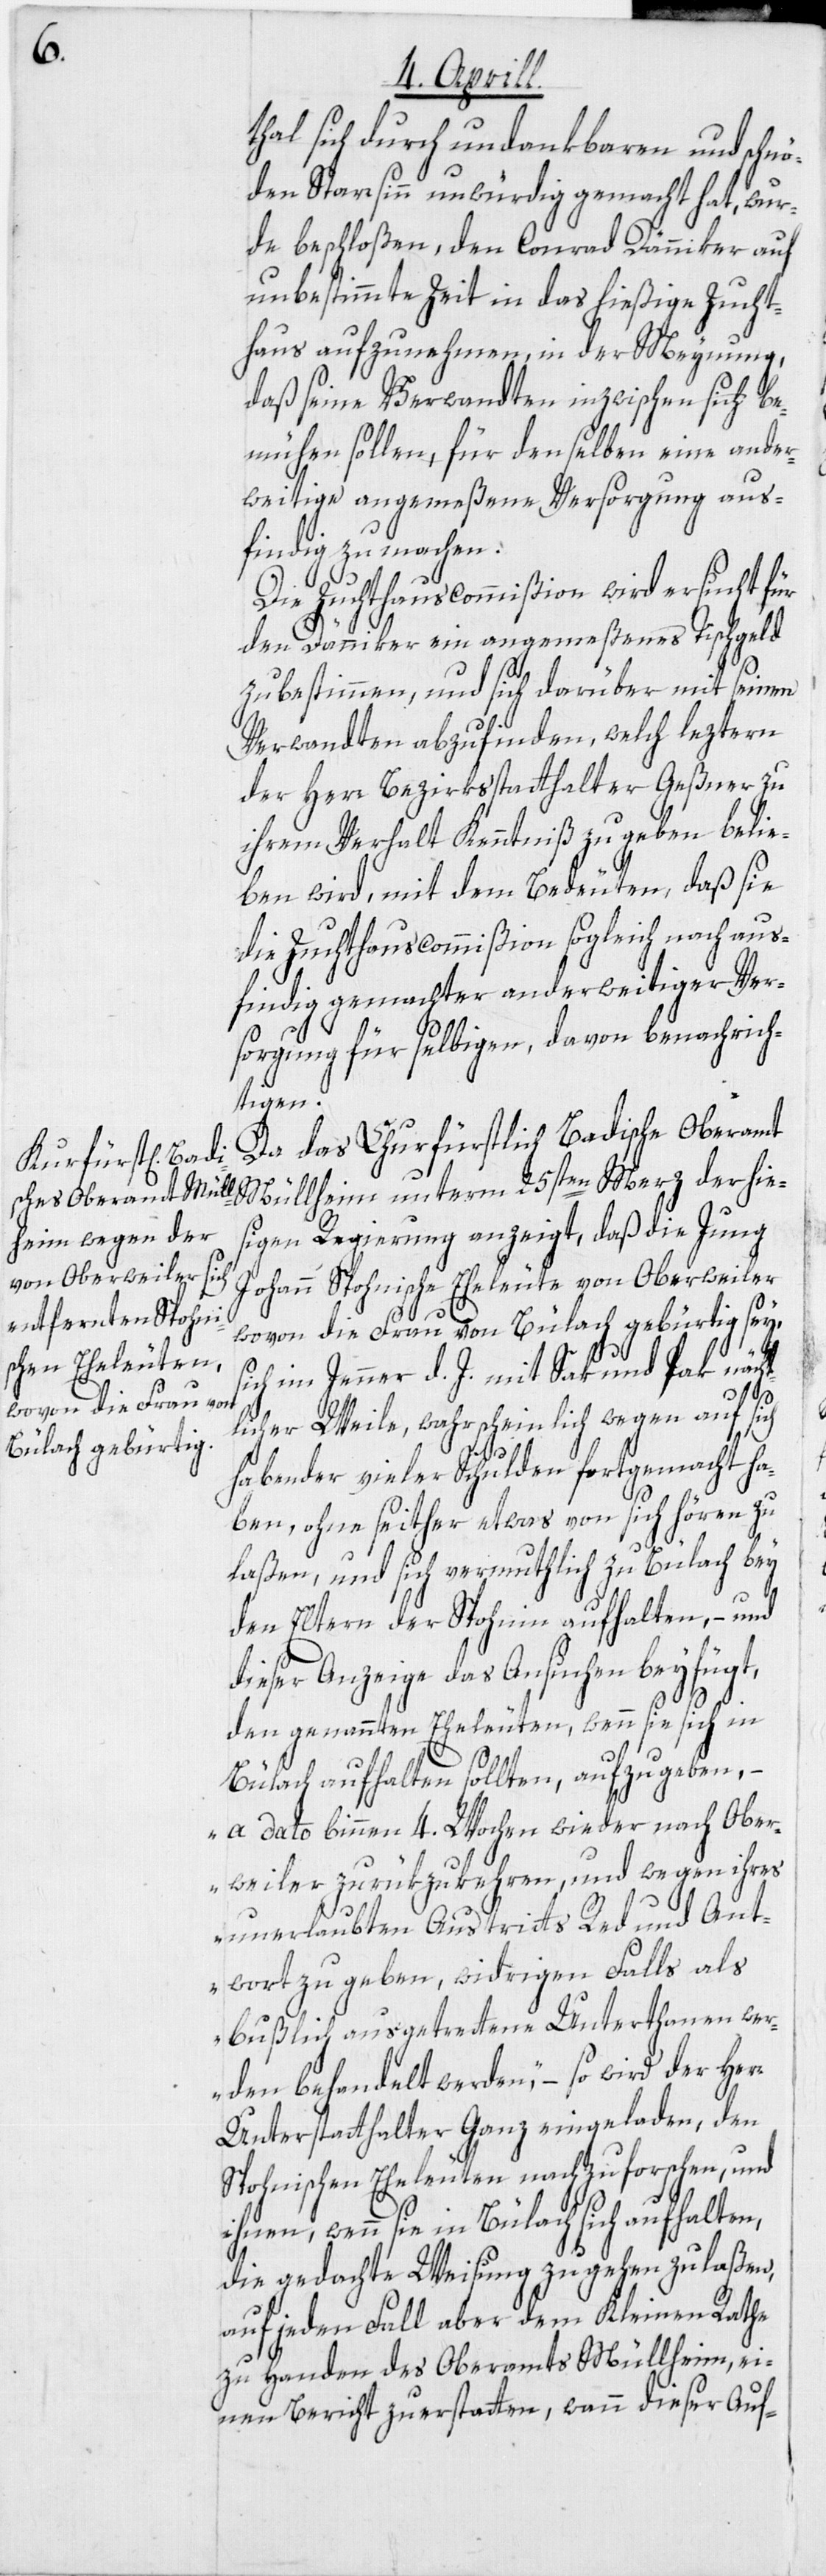
thal sich durch undankbaren und schnö¬
den Starrsinn unwürdig gemacht hat, wur¬
de beschloßen, den Conrad Dänniker auf
unbestimmte Zeit in das hießige Zucht¬
haus aufzunehmen, in der Meynung,
daß seine Verwandten inzwischen sich be¬
mühen sollen, für denselben eine ander¬
weitige angemeßene Versorgung aus¬
findig zu machen.
Die Zuchthauscommißion wird ersucht für
den Dänniker ein angemeßenes Tischgeld
zu bestimmen, und sich darüber mit seinen
Verwandten abzufinden, welch leztern
der Herr Bezirksstatthalter Geßner zu
ihrem Verhalt Kenntniß zu geben belie¬
ben wird, mit dem Bedeuten, daß sie
die Zuchthauscommißion sogleich nach aus¬
findig gemachter anderweitiger Ver¬
sorgung für selbigen, davon benachrich¬
tigen.
Da das Churfürstlich Badische Oberamt
Müllheim unterm 25ten Merz der hie¬
sigen Regierung anzeigt, daß die Jung
Johann Spohnische Eheleute von Oberweiler
wovon die Frau von Bülach gebürtig sey,
sich im Jenner d. J. mit Sak und Pak nächt¬
licher Weile, wahrscheinlich wegen auf sich
habender vieler Schulden fortgemacht ha¬
ben, ohne seither etwas von sich hören zu
laßen, und sich vermuthlich zu Bülach bey
den Eltern der Spohnin aufhalten, – und
dieser Anzeige das Ansuchen beyfügt,
den genannten Eheleuten, wenn sie sich in
Bülach aufhalten sollten, aufzugeben, –
„a dato binnen 4. Wochen wieder nach Ober¬
weiler zurükzukehren, und wegen ihres
unerlaubten Austritts Red und Ant¬
wort zu geben, widrigen Falls als
bußlich ausgetrettene Unterthanen wer¬
den behandelt werden,“ – so wird der Herr
Unterstatthalter Ganz eingeladen, den
Spohnischen Eheleuten nachzuforschen, und
ihnen, wenn sie in Bülach sich aufhalten,
die gedachte Weisung zugehen zu laßen,
auf jeden Fall aber dem Kleinen Rathe
zu Handen des Oberamts Müllheim, ei¬
nen Bericht zu erstatten, wann dieser Auf-